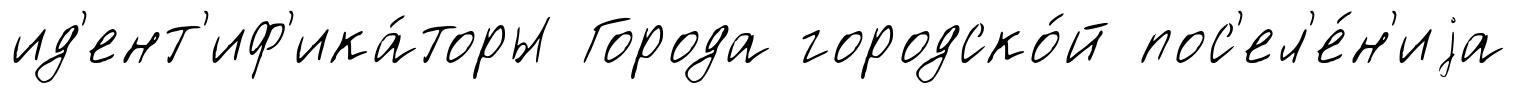
ид'ент'иф'ика́торы Города городско́й пос'ел'е́н'иjа